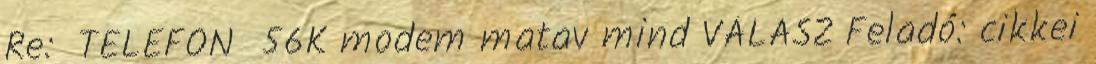
Re: TELEFON 56K modem matav mind VÁLASZ Feladó: cikkei